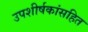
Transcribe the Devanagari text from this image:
उपशीर्षकांसहित